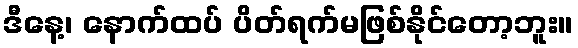
ဒီနေ့၊ နောက်ထပ် ပိတ်ရက်မဖြစ်နိုင်တော့ဘူး။